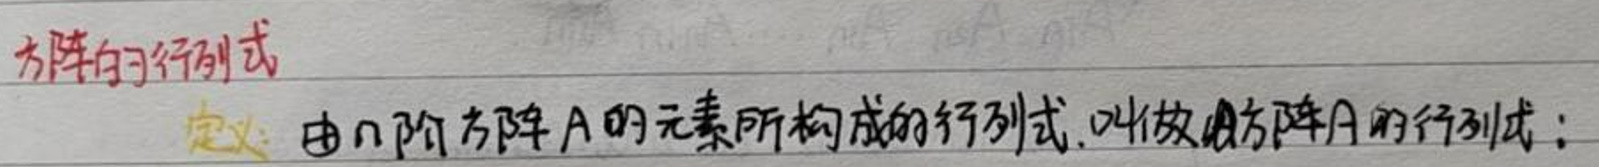
方阵的行列式

定义：由$n$阶方阵$A$的元素所构成的行列式，叫做方阵$A$的行列式；